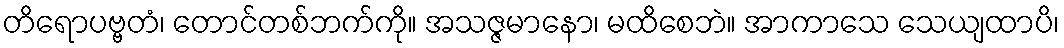
တိရောပဗ္ဗတံ၊ တောင်တစ်ဘက်ကို။ အသဇ္ဇမာနော၊ မထိစေဘဲ။ အာကာသေ သေယျထာပိ၊